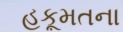
હકૂમતના